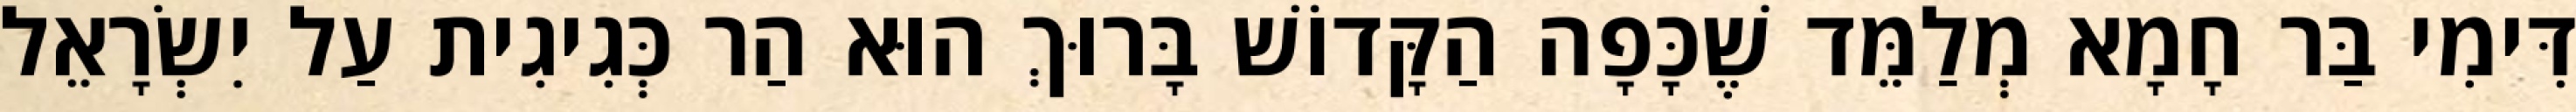
דִּימִי בַּר חָמָא מְלַמֵּד שֶׁכָּפָה הַקָּדוֹשׁ בָּרוּךְ הוּא הַר כְּגִיגִית עַל יִשְׂרָאֵל